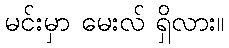
မင်းမှာ မေးလ် ရှိလား။